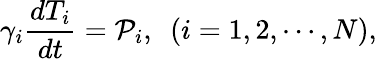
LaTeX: \gamma_{i}\frac{dT_{i}}{dt}=\mathcal P_{i},~~(i=1,2,\cdots,N),